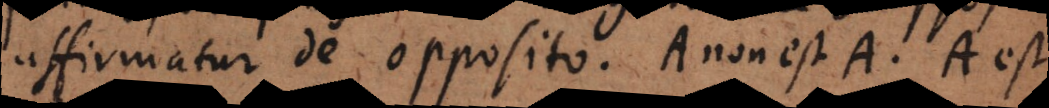
affirmatur de opposito. A non est A. A est